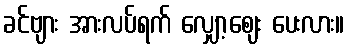
ခင်ဗျား အားလပ်ရက် လျှော့ဈေး ပေးလား။